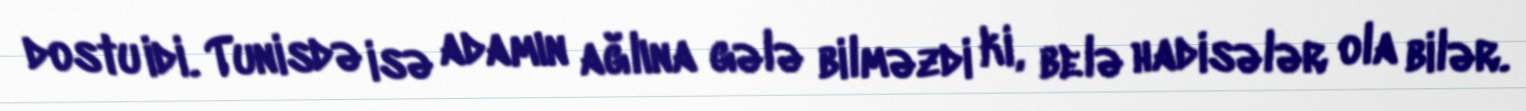
dostu idi. Tunisdə isə adamın ağlına gələ bilməzdi ki, belə hadisələr ola bilər.